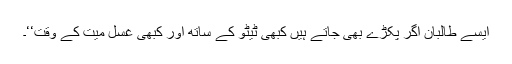
ایسے طالبان اگر پکڑے بھی جاتے ہیں کبھی ٹیٹو کے ساتھ اور کبھی غسل میت کے وقت‘‘۔